Civil Veterinary Dept. Assam report 1927-50 - 1927-1950
Year: 1927
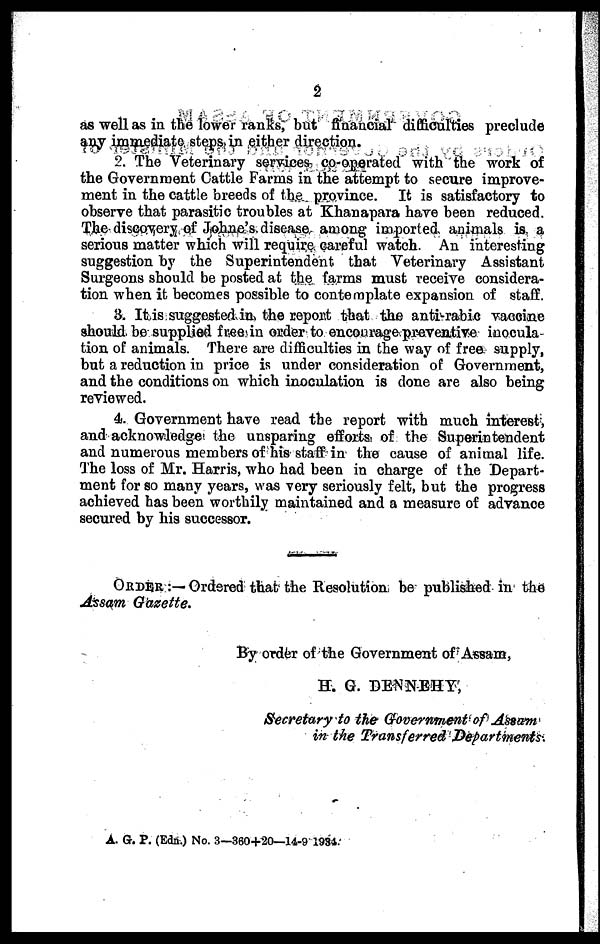
2
as well as in the lower ranks, but financial difficulties preclude
any immediate steps in either direction.
2. The Veterinary servicer co-operated with the work of
the Government Cattle Farms in the attempt to secure improve-
ment in the cattle breeds of the province. It is satisfactory to
observe that parasitic troubles at Khanapara have been reduced.
The discovery of Johne's disease among imported animals is a
serious matter which will require careful watch. An interesting
suggestion by the Superintendent that Veterinary Assistant
Surgeons should be posted at the farms must receive considera-
tion when it becomes possible to contemplate expansion of staff.
3. It is suggested in the report that the anti-rabic vaccine
should, be supplied free in order to encourage preventive inocula-
tion of animals. There are difficulties in the way of free supply,
but a reduction in price is under consideration of Government,
and the conditions on which inoculation is done are also being
reviewed.
4. Government have read the report with much interest,
and acknowledge the unsparing efforts! of the Superintendent
and numerous members of his staff in the cause of animal life.
The loss of Mr. Harris, who had been in charge of the Depart-
ment for so many years, was very seriously felt, but the progress
achieved has been worthily maintained and a measure of advance
secured by his successor.
ORDER :— Ordered that the Resolution be published in the
Assam Gazette.
By order of the Government of Assam,
H. G. DENNEHY,
Secretary to the Government of Assam
in the Transferred Departments.
A. G. P. (Edn.) No. 3—360+20—14-9 1934.